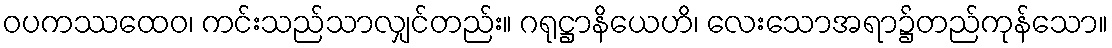
ဝပကဿထေဝ၊ ကင်းသည်သာလျှင်တည်း။ ဂရုဋ္ဌာနိယေဟိ၊ လေးသောအရာ၌တည်ကုန်သော။